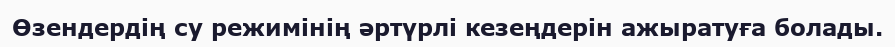
Өзендердің су режимінің әртүрлі кезеңдерін ажыратуға болады.